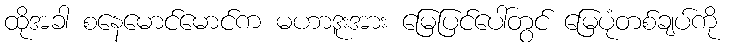
ထိုအခါ စနေမောင်မောင်က မဟာဒူးအား မြေပြင်ပေါ်တွင် မြေပုံတစ်ချပ်ကို